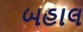
બહાલ